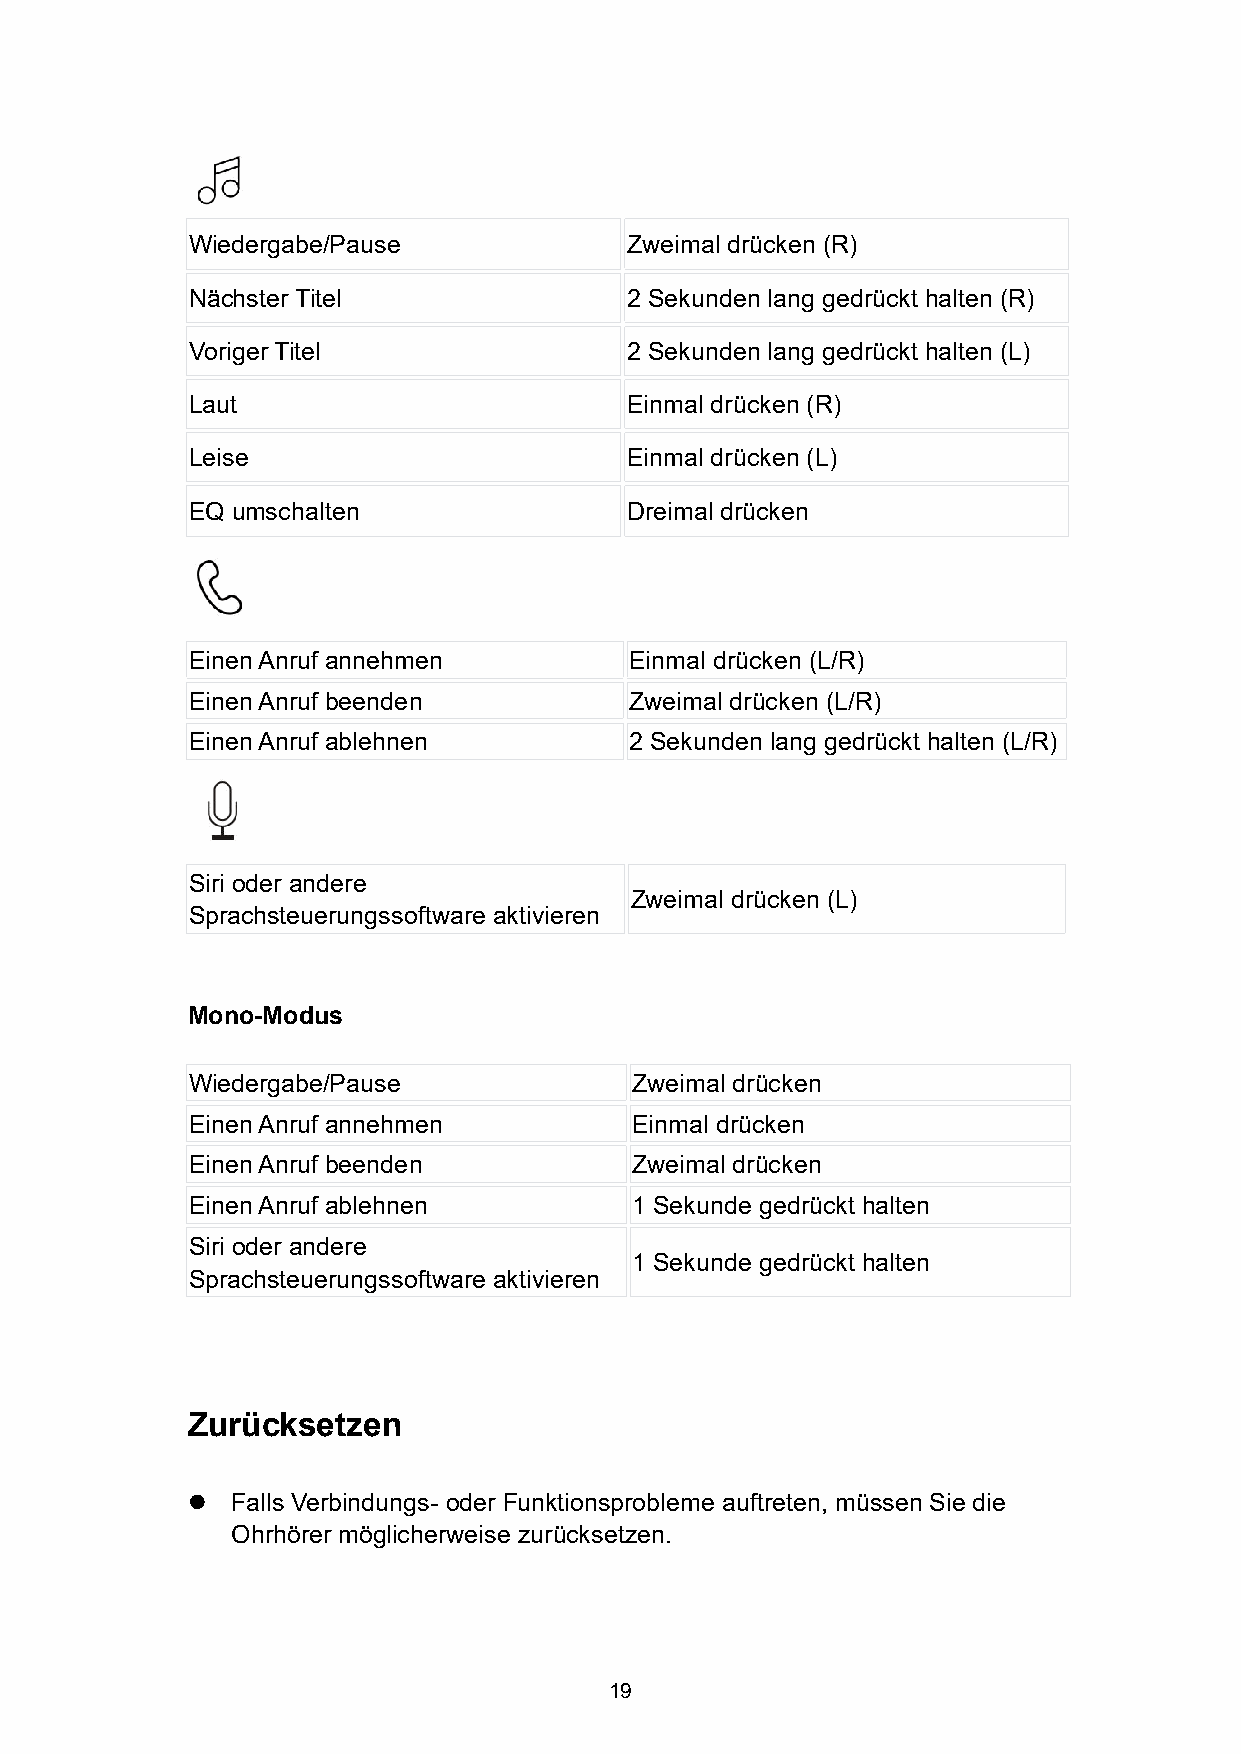
Wiedergabe/Pause             Zweimal drücken (R)
 Nächster Titel               2 Sekunden lang gedrückt halten (R)
 Voriger Titel                2 Sekunden lang gedrückt halten (L)
 Laut                         Einmal drücken (R)
 Leise                        Einmal drücken (L)
 EQ umschalten                Dreimal drücken
 EinenAnruf annehmen           Einmal drücken (L/R)
 EinenAnruf beenden            Zweimal drücken (L/R)
 EinenAnruf ablehnen           2 Sekunden lang gedrückt halten (L/R)
 Siri oder andere
 Zweimal drücken (L)
 Sprachsteuerungssoftware aktivieren
 Mono-Modus
 Wiedergabe/Pause              Zweimal drücken
 EinenAnruf annehmen           Einmal drücken
 EinenAnruf beenden            Zweimal drücken
 EinenAnruf ablehnen           1 Sekunde gedrückt halten
 Siri oder andere
 1 Sekunde gedrückt halten
 Sprachsteuerungssoftware aktivieren
 Zurücksetzen
   Falls Verbindungs- oder Funktionsprobleme auftreten, müssen Sie die
 Ohrhörer möglicherweise zurücksetzen.
 19